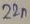
Text: 22n